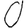
Digit: 0